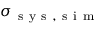
\sigma _ { \mathrm { ~ s ~ y ~ s ~ , ~ s ~ i ~ m ~ } }